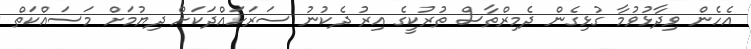
އެހެން ވިދާޅުވުމާ ގުޅިގެން ދެމިރްތާސް ތުރުކީގެ އިރު ދެކުނު ސަރަހައްދަކަށް ދިޔުމަށް މަސައްކަތް